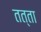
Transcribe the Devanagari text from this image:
तत्ता